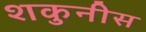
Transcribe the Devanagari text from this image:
शकुनीस